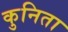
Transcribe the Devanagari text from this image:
कुनिता